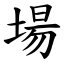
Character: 場